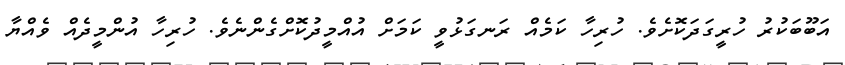
އަބޫބަކުރު ހުރީގަދަކޮށެވެ. ހުރިހާ ކަމެއް ރަނގަޅުވީ ކަމަށް އުއްމީދުކޮށްގެންނެވެ. ހުރިހާ އުންމީދެއް ވެއްޔާ